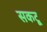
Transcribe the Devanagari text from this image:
सकटू